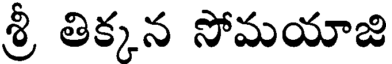
శ్రీ తిక్కన సోమయాజి